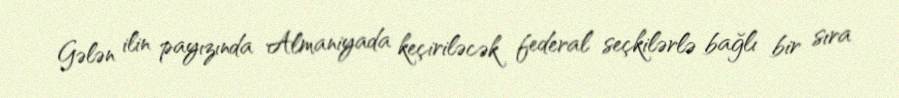
Gələn ilin payızında Almaniyada keçiriləcək federal seçkilərlə bağlı bir sıra